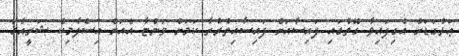
ޢަޅުގަޑަށް އެގިފައިވާ ގޮތުގައި ފައިސާއަށް ފައިސާއިތުރުރާ ކަމަށް ވަންޏާ އެއަށް އިސްލާމިކް ޝަރީއާގަ